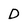
Character: D